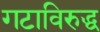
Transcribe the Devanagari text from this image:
गटाविरुद्ध